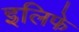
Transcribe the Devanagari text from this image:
इलिफे